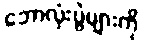
ဘောလုံးပွဲများကို